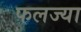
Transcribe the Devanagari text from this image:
फलज्या